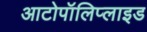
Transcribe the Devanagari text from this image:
आटोपॉलिप्लाइड